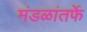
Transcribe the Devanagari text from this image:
मंडळांतर्फे